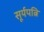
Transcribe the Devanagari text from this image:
सूर्यपत्नि